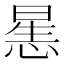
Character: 𰑶